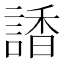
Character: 𧪑